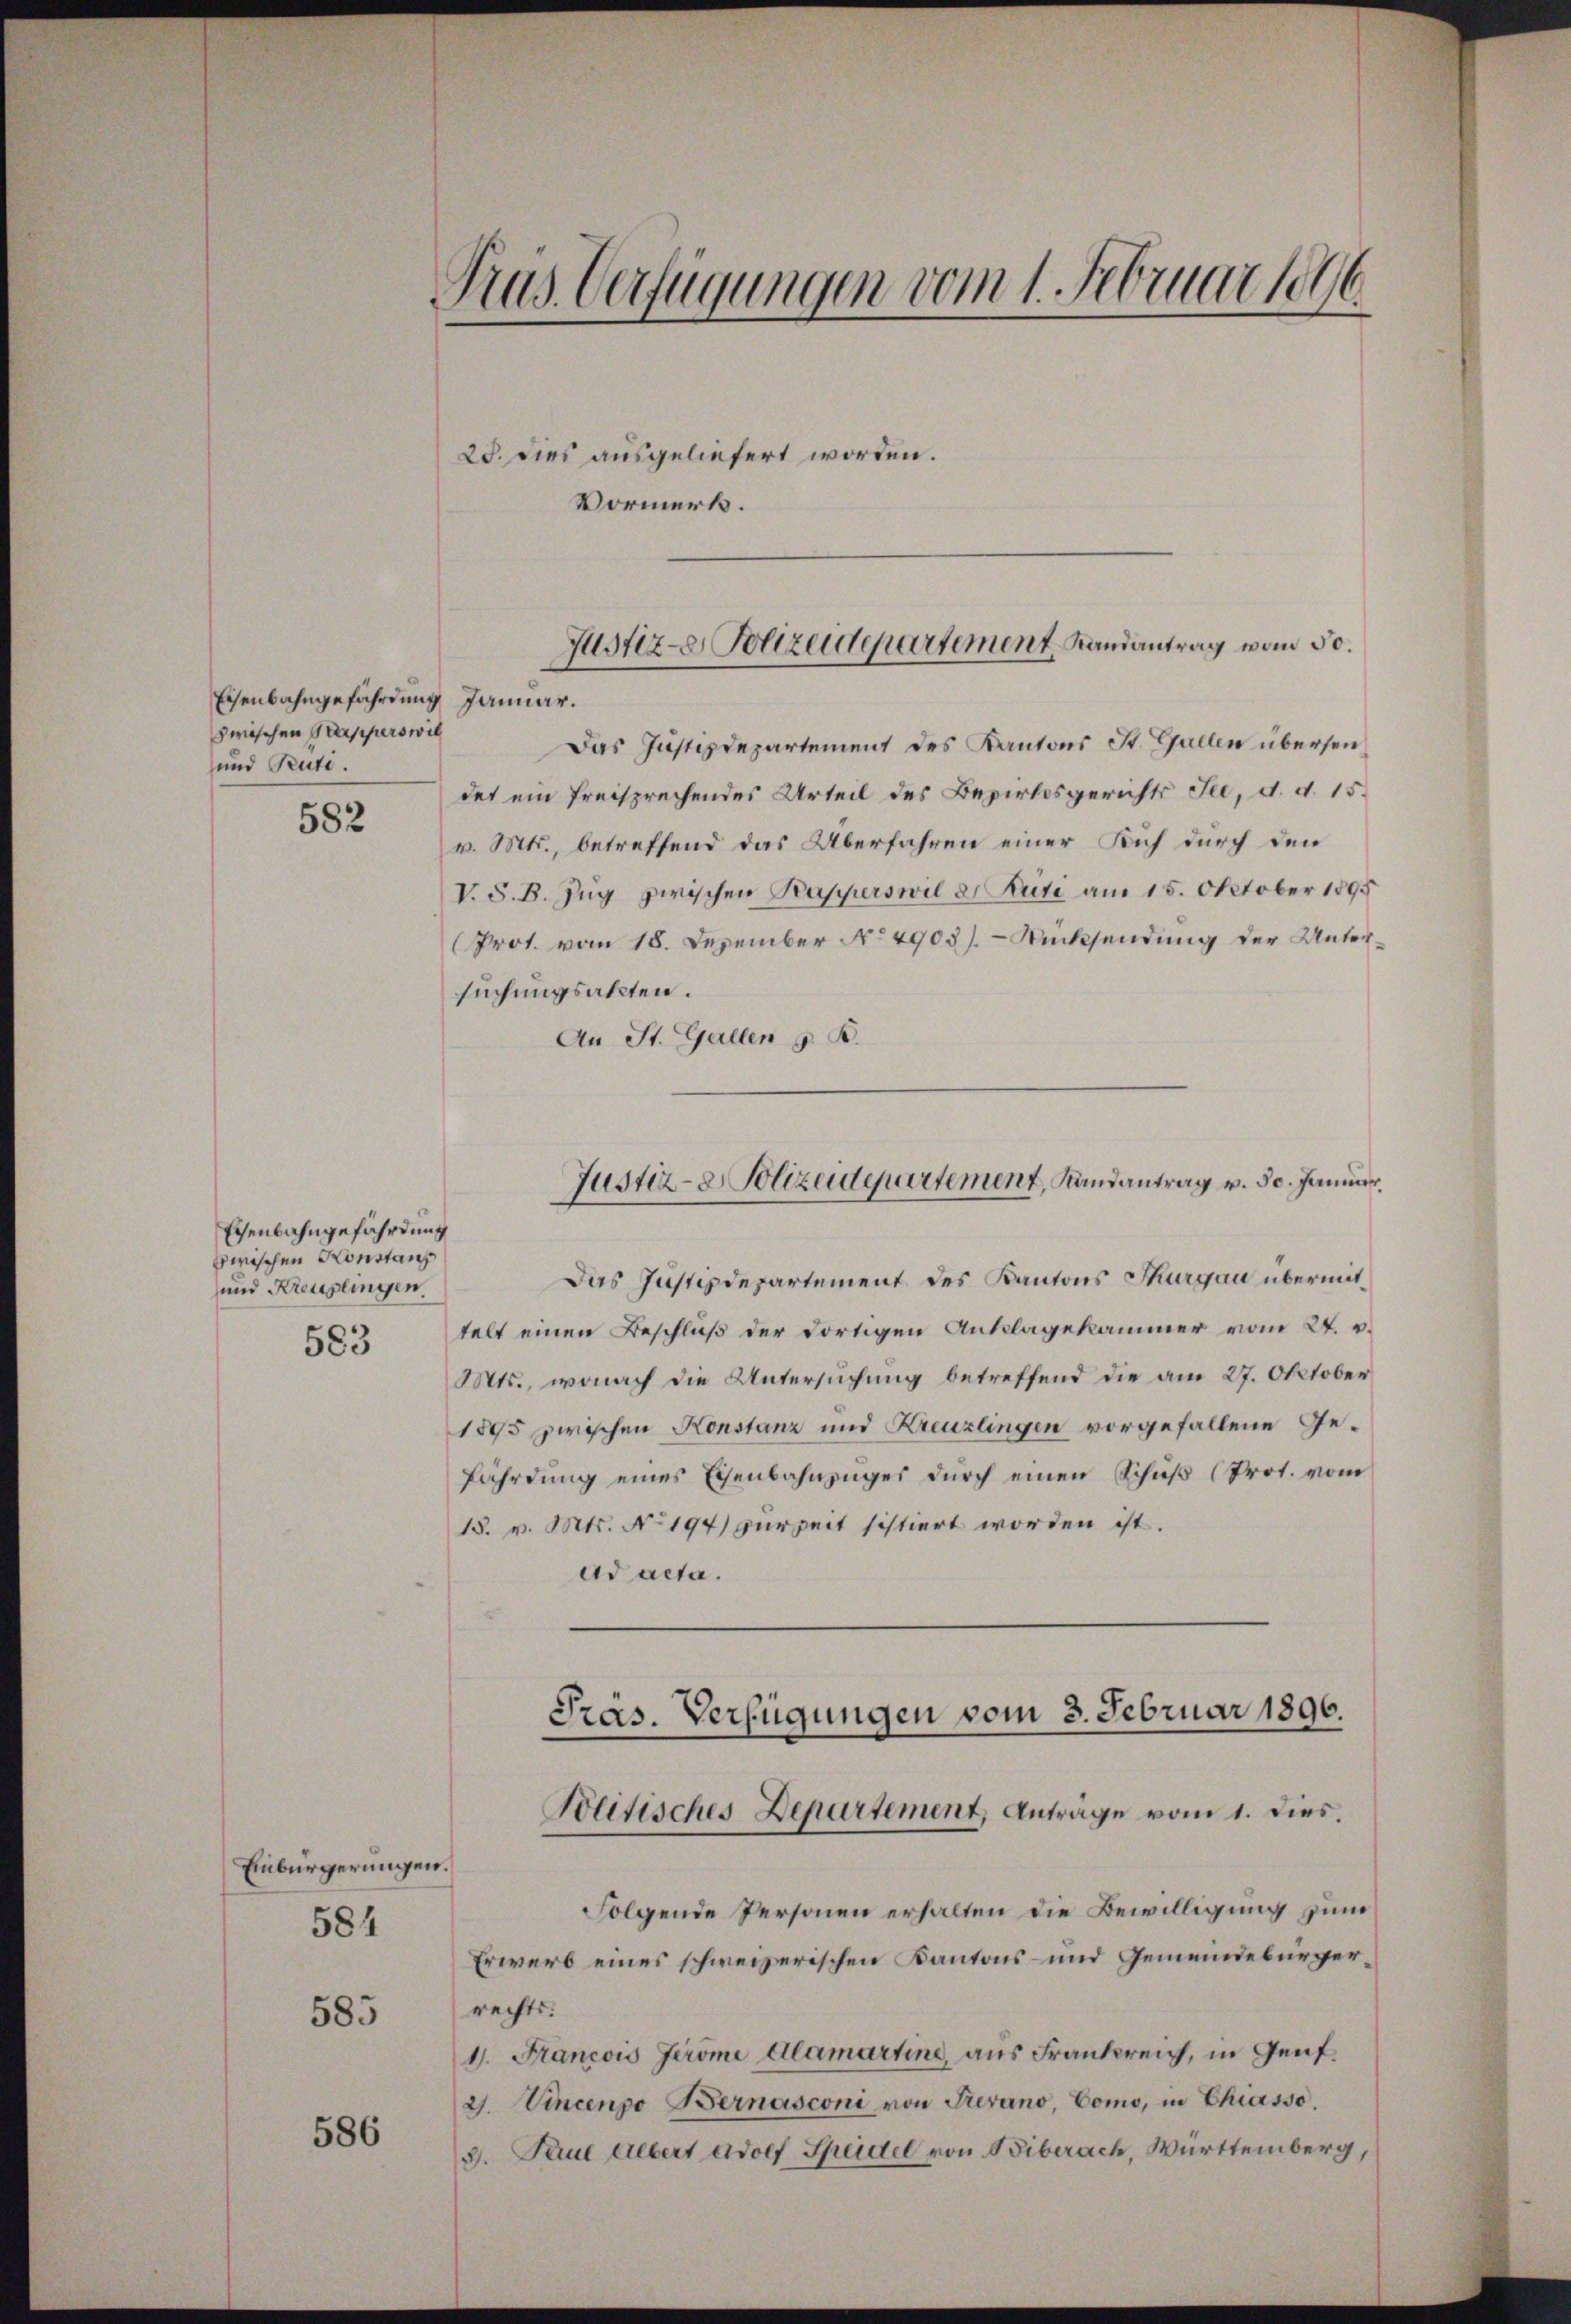
Eisenbahngefährdung
zwischen Kapperswil
und Puti.

582

Eisenbahngefährdung
zwischen Konstanz
und Kreuzlingen
583

Einbürgerungen.
584

585

586

Tras Verfügungen vom 1. Februar 1896

28. dies ausgeliefert worden.
Vormerk.

Januar.
Das Justizdepartement des Kantons St. Gallen übersendet ein freisprechendes Urteil des Bezirksgerichts See, d. d. 15.
v. Mts., betreffend das Überfahren einer Sich durch den
V. S. B. Zŭg zwischen Kapperswil d. Rüti am 15. Oktober 1895
(Prot. vom 18. Dezember No 4903). Rücksendung der Untersuchungsakten.
An St. Gallen z. B.
Das Justizdepartement des Kantons Thurgau übermittelt einen Beschluß der dortigen Anklagekammer vom 24. v.
Mts., wonach die Untersuchung betreffend die am 27. Oktober
1895 zwischen Konstanz und Kreuzlingen vorgefallene Gefährdung eines Eisenbahnzuges durch einen Schuß (Prot. vom
18. v. Mts. No 194) zur Zeit sistiert worden ist.
ad acta.
Pras. Verfügungen vom 3. Februar 1896.
Politisches Departement, Antrage vom 1. dies.
Folgende Personen erhalten die Bewilligung zum
Erwarb eines schweizerischen Kantons- und Gemeindebürgerrechts:
1. Francois Geröme Alamartine, aus Frankreich, in Genf
2. Vincenpo Bernasconi von Frevano, Como, in Chiasso.
2. Paul Albert Adolf Speidel von Biberach, Württemberg,

Justiz- Polizeidepartement Randantrag vom 50.

Justiz- & Polizeidepartement, Randantrag v. 30. Januar